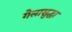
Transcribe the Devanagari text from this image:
गेलासुद्धा